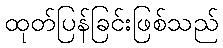
ထုတ်ပြန်ခြင်းဖြစ်သည်